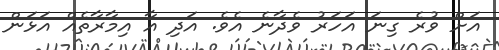
އަށް ވުރެ ގިނަ އަހަރު ވެދާނެ އެވެ. އަދި އާ އިމާރާތެއް އަޅަން